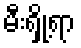
မီးရှို့ရာ